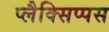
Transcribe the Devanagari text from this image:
प्लैक्सिप्पस